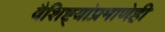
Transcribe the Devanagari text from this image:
वैशिष्ट्यांप्रमाणेही